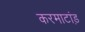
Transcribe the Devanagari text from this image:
करमाटांड़